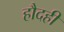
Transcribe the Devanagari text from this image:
हौदही